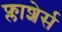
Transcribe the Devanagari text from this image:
फ्लाशेर्स